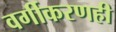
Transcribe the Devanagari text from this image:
वर्गीकरणही